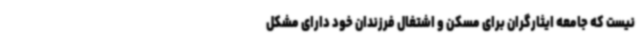
نیست که جامعه ایثارگران برای مسکن و اشتغال فرزندان خود دارای مشکل